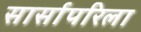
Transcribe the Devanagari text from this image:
सार्सापरिला